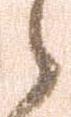
之